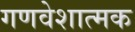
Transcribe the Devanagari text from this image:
गणवेशात्मक